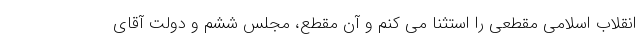
انقلاب اسلامی مقطعی را استثنا می کنم و آن مقطع، مجلس ششم و دولت آقای